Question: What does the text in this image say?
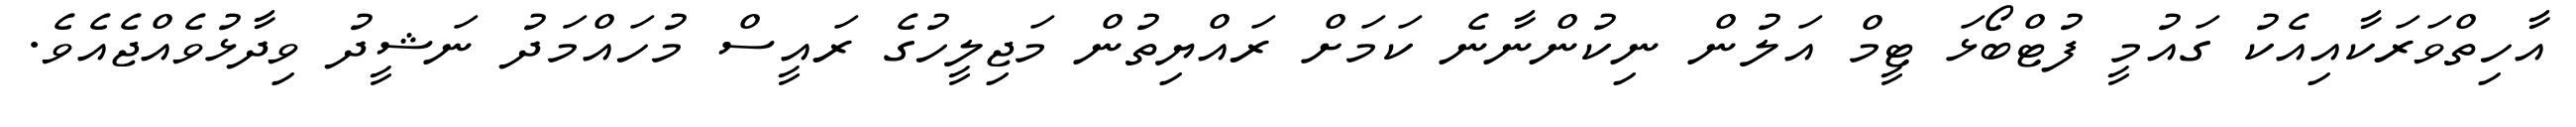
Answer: އާހިތްވަރަކާއިއެކު ގައުމީ ފުޓްބޯޅަ ޓީމް އަލުން ނިކުންނާނެ ކަމަށް ރައްޔިތުން މަޖިލީހުގެ ރައީސް މުހައްމަދު ނަޝީދު ވިދާޅުވެއްޖެއެވެ.